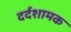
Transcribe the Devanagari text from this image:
दर्दशामक